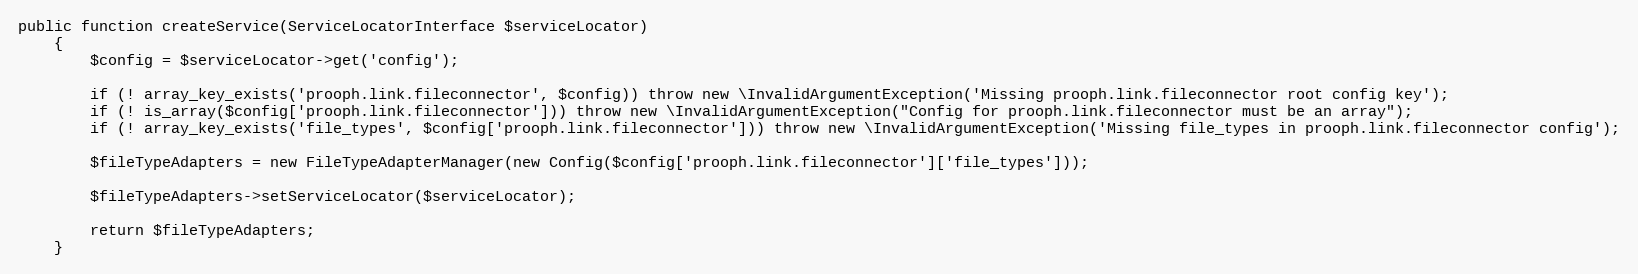
Language: PHP
public function createService(ServiceLocatorInterface $serviceLocator)
    {
        $config = $serviceLocator->get('config');

        if (! array_key_exists('prooph.link.fileconnector', $config)) throw new \InvalidArgumentException('Missing prooph.link.fileconnector root config key');
        if (! is_array($config['prooph.link.fileconnector'])) throw new \InvalidArgumentException("Config for prooph.link.fileconnector must be an array");
        if (! array_key_exists('file_types', $config['prooph.link.fileconnector'])) throw new \InvalidArgumentException('Missing file_types in prooph.link.fileconnector config');

        $fileTypeAdapters = new FileTypeAdapterManager(new Config($config['prooph.link.fileconnector']['file_types']));

        $fileTypeAdapters->setServiceLocator($serviceLocator);

        return $fileTypeAdapters;
    }